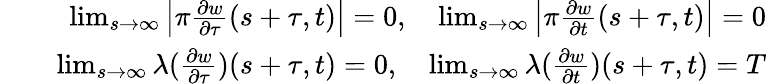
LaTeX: \begin{array}{rlr}&{}&{\operatorname*{lim}_{s\to\infty}\left|\pi\frac{\partial w}{\partial\tau}(s+\tau,t)\right|=0,\quad\operatorname*{lim}_{s\to\infty}\left|\pi\frac{\partial w}{\partial t}(s+\tau,t)\right|=0}\\ &{}&{\operatorname*{lim}_{s\to\infty}\lambda(\frac{\partial w}{\partial\tau})(s+\tau,t)=0,\quad\operatorname*{lim}_{s\to\infty}\lambda(\frac{\partial w}{\partial t})(s+\tau,t)=T}\end{array}